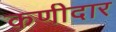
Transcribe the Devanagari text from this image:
कणीदार